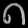
Digit: ၈